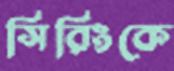
সিরিংকে